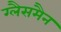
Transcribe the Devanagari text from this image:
ग्लैसमैन